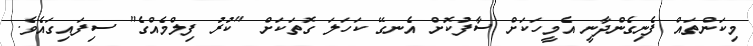
މިކަންތައް ފެނިގެންދާނީ އެމީހަކަށް ސާފުކޮށް އެނގޭ ކަހަލަ ގޮތަކަށް "ކުރު ފިލްމެއްގެ" ސިފައިގައެވެ.